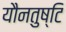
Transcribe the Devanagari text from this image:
यौनतुष्टि